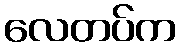
လေတပ်က